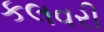
કલવરી